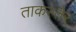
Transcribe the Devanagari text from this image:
ताकस्तेर